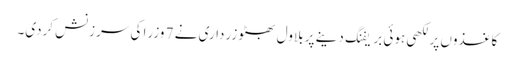
کاغذوں پر لکھی ہوئی بریفنگ دینے پر بلاول بھٹو زرداری نے 7 وزرا کی سرزنش کردی۔